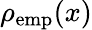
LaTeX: \rho_{\mathrm{emp}}(x)